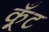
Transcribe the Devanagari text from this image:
कूँट